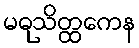
မဓုသိတ္ထကေန